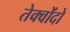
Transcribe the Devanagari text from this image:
तेक्वोंदो